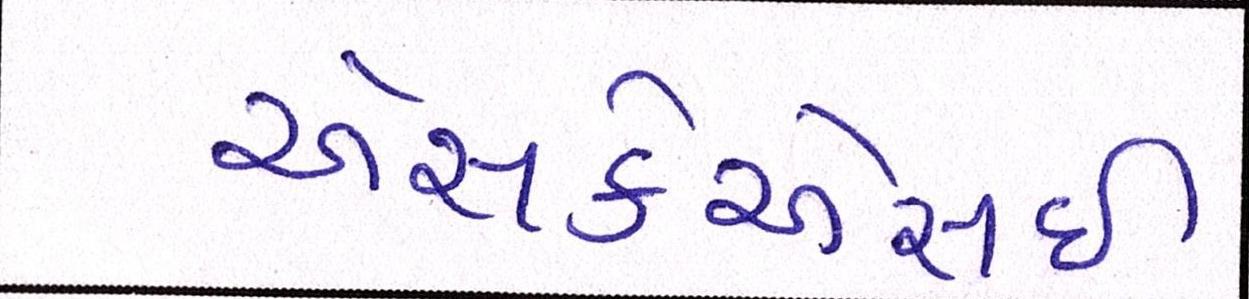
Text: એસકેએસઈ